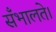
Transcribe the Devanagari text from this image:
सँभालते।